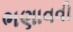
ભણાવવી